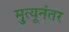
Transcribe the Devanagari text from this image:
मृुत्यूनंतर